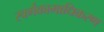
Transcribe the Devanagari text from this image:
स्वर्गकामाधिकरण